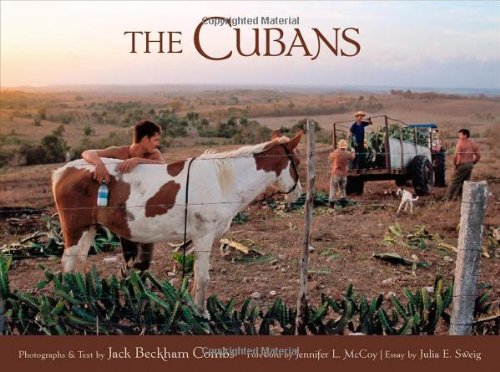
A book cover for The Cubans (English and Spanish Edition); Jack Beckham Combs; Travel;